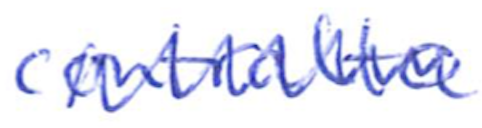
Text: contralto
Cross-out: mix
Writing tool: ballpoint